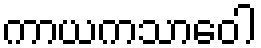
ကာယကသာဝေါ